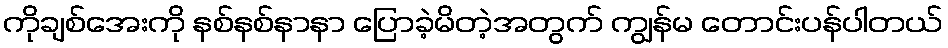
ကိုချစ်အေးကို နစ်နစ်နာနာ ပြောခဲ့မိတဲ့အတွက် ကျွန်မ တောင်းပန်ပါတယ်